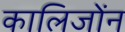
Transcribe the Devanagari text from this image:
कालिजोंन